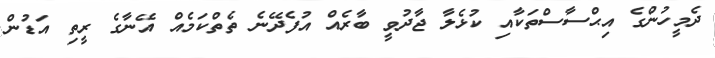
ދެމީހުންގެ އިޙްސާސްތަކާއި ކުޅެލާ ޖާދުވީ ބާރެއް އުފެދޭނެ ތެތްކަމެއް އޭނާގެ ރީތި އަޑުން